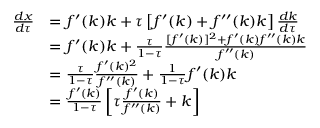
{ \begin{array} { r l } { { \frac { d x } { d \tau } } } & { = f ^ { \prime } ( k ) k + \tau \left[ f ^ { \prime } ( k ) + f ^ { \prime \prime } ( k ) k \right] { \frac { d k } { d \tau } } } \\ & { = f ^ { \prime } ( k ) k + { \frac { \tau } { 1 - \tau } } { \frac { [ f ^ { \prime } ( k ) ] ^ { 2 } + f ^ { \prime } ( k ) f ^ { \prime \prime } ( k ) k } { f ^ { \prime \prime } ( k ) } } } \\ & { = { \frac { \tau } { 1 - \tau } } { \frac { f ^ { \prime } ( k ) ^ { 2 } } { f ^ { \prime \prime } ( k ) } } + { \frac { 1 } { 1 - \tau } } f ^ { \prime } ( k ) k } \\ & { = { \frac { f ^ { \prime } ( k ) } { 1 - \tau } } \left[ \tau { \frac { f ^ { \prime } ( k ) } { f ^ { \prime \prime } ( k ) } } + k \right] } \end{array} }